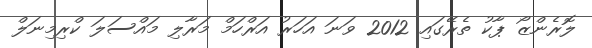
ލޮރެންޒޯ ޕާކު ތެރޭގައި 2012 ވަނަ އަހަރު އަރްހަމް މަރާލި މައްސަލަ ކްރިމިނަލް